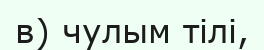
в) чулым тілі,